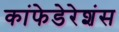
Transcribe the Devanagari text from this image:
कांफेडेरेशंस